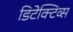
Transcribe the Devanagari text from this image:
डिटेक्टिव्स